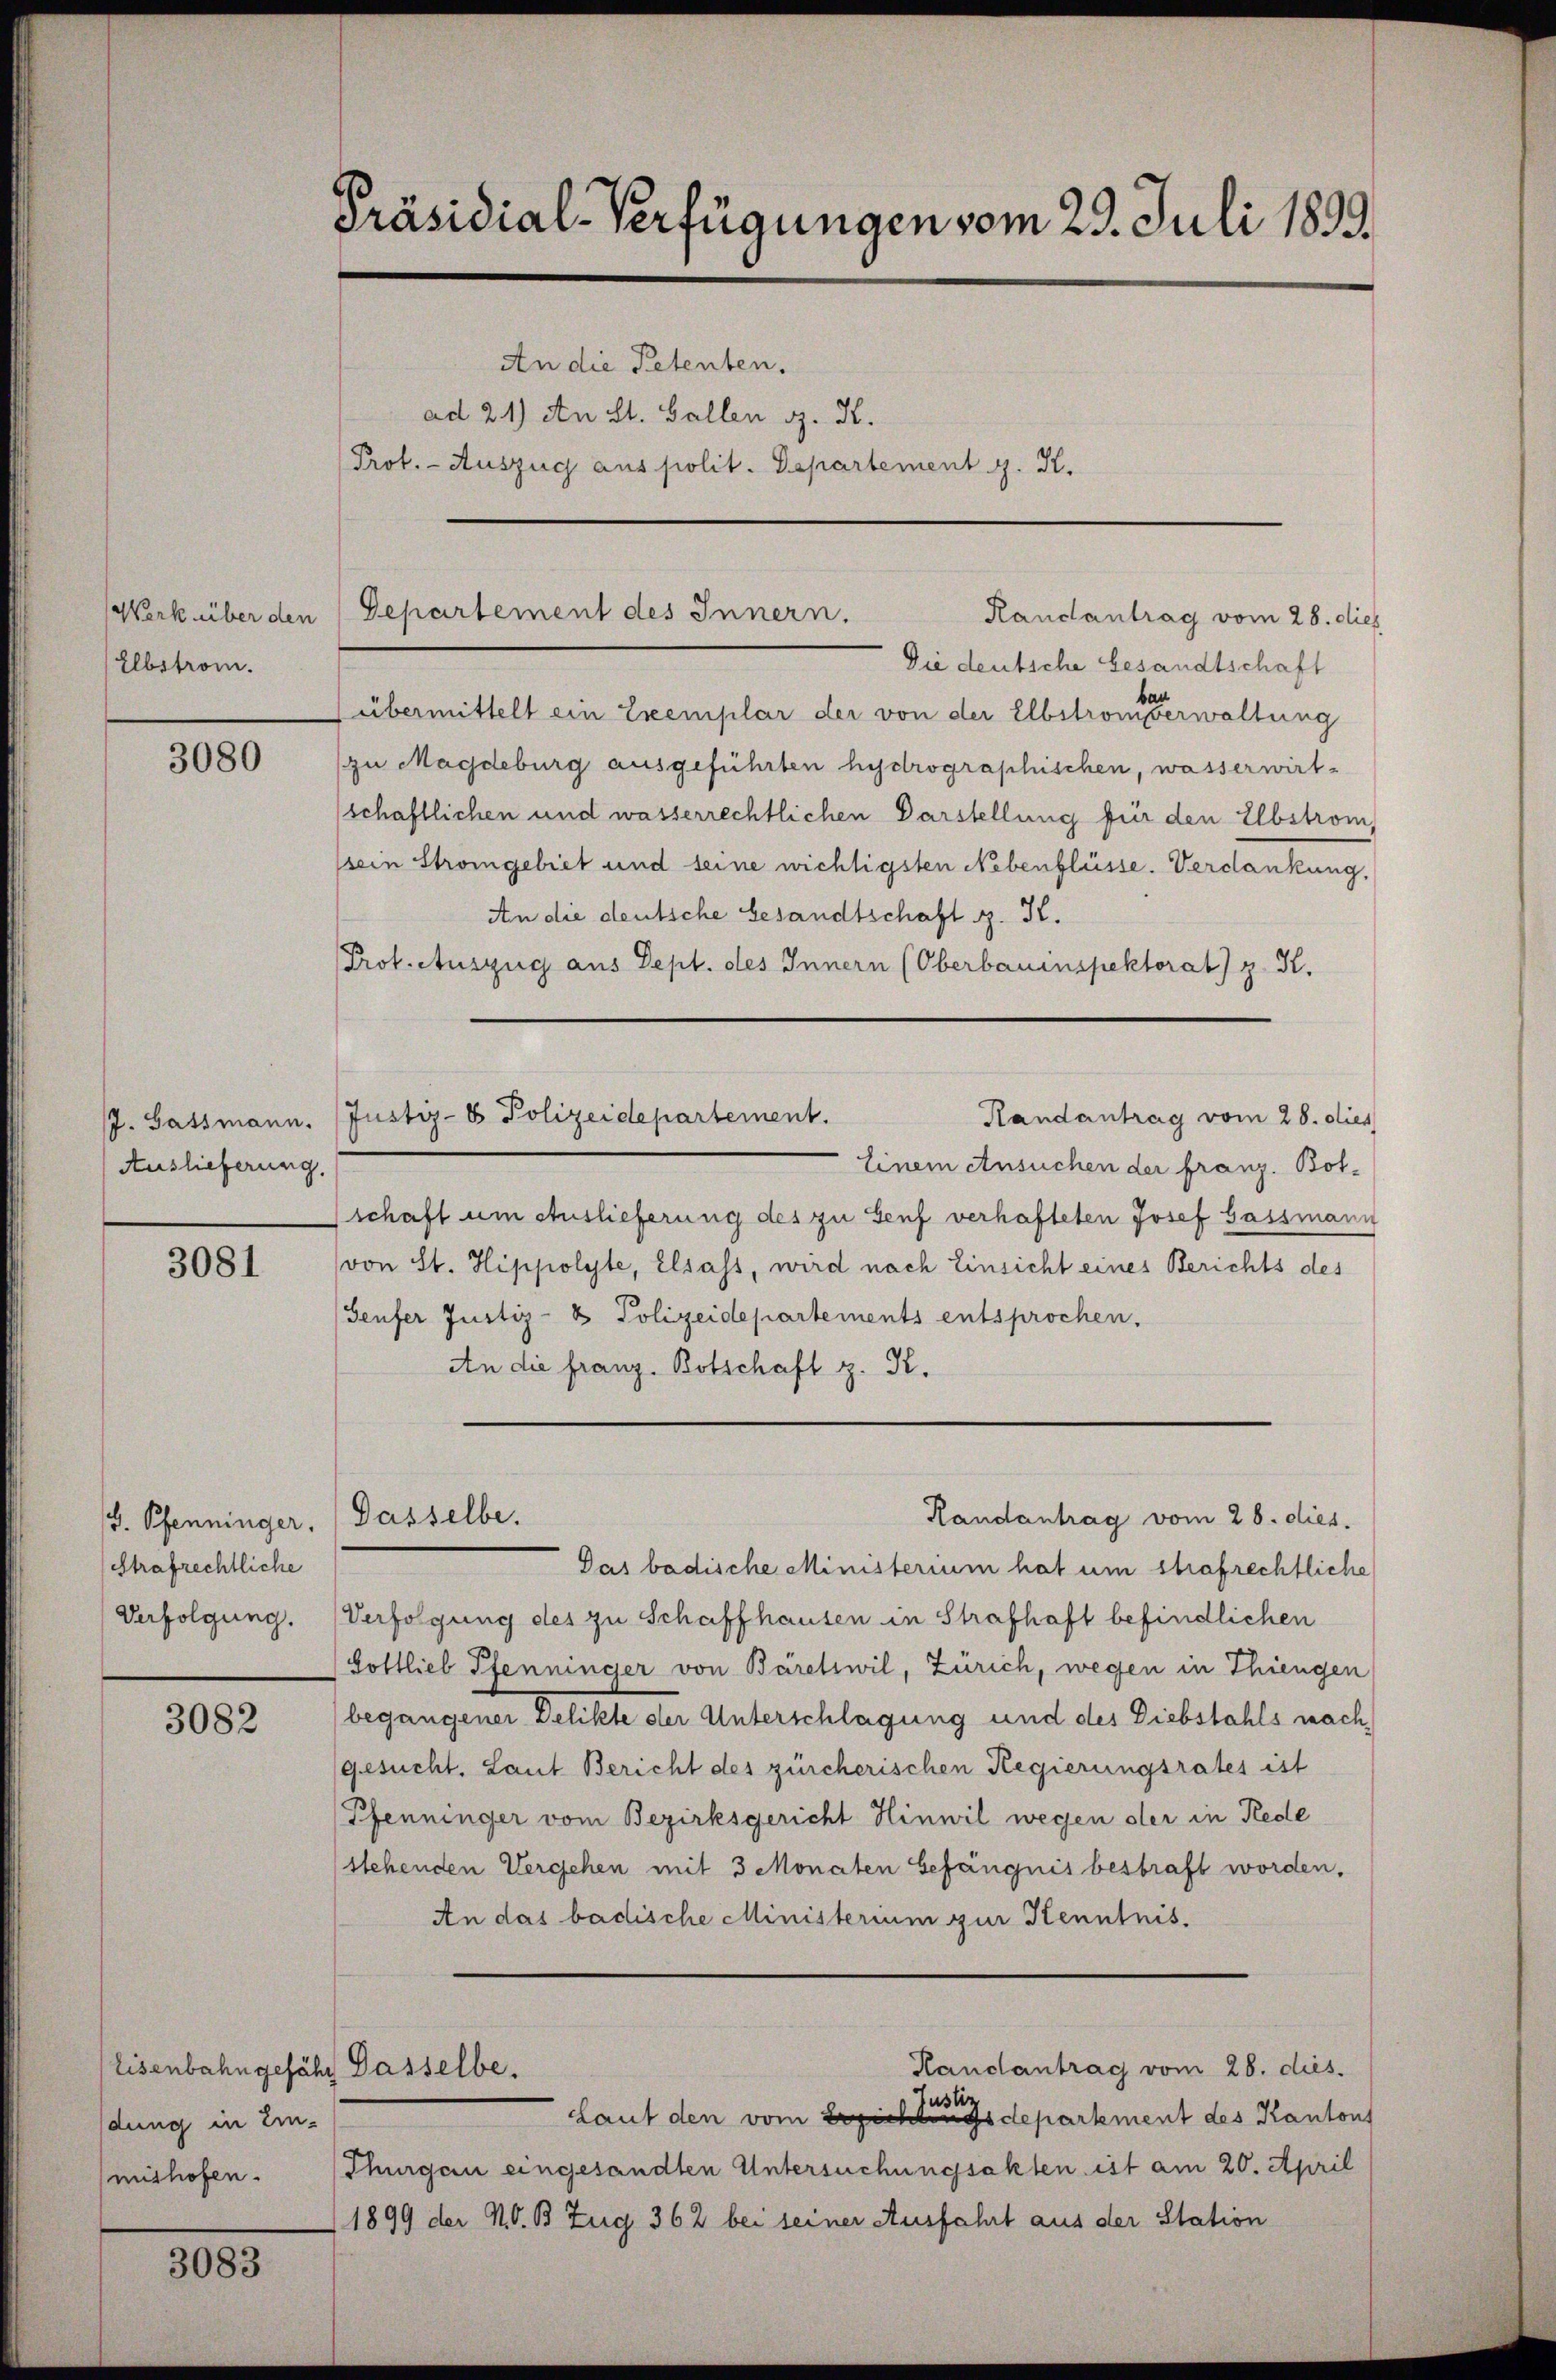
Elbstrom.

3080

Auslieferung.

3081

Strafrechtliche
Verfolgung.

3082

dung in Ein-

3083

Präsidial-Verfügungen vom 29. Juli 1899.
An die Petenten.
ad 21) An St. Gallen d. K.
Prof. - Auszug aus polit. Departement J. K.

Die deutsche Gesandtschaft
übermittelt ein Exemplar der von der Elbstrom erwaltung
zu Magdeburg ausgeführten hydrographischen, wasserwirt-
schaftlichen und wasserrechtlichen Darstellung für den Elbstrom,
sein Stromgebiet und seine wichtigsten Nebenflüsse. Verdankung,
An die deutsche Gesandtschaft z. K.
Prot. Auszug aus Sept. des Innern (Oberbauinspektorat) z. K.
J. Gassmann. (Justiz- & Polizeidepartement.
Handantrag vom 28. dies
Einem Ansuchen der franz. Botschaft um Auslieferung des zu Genf verhafteten Josef Gassmann
von St. Hippolyte, Elsass, wird nach Einsicht eines Berichts des
(Genfer Justiz- & Polizeidepartements entsprochen.
An die franz. Botschaft z. K.

Werk über den Departement des Innern.
Randantrag vom 28. dies

Das badische Ministerium hat um strafrechtliche
Verfolgung des zu Schaffhausen in Strafhaft befindlichen
Gottlieb Pfenninger von Bäretswil, Zürich, wegen in Thiengen
begangener Zelikte der Unterschlagung und des Diebstahls nach
gesucht. Laut Bericht des zürcherischen Regierungsrates ist
Pfenninger vom Bezirksgericht Hinwil wegen der in Rede
stehenden Vergehen mit 3 Monaten Gefängnis bestraft worden.
An das badische Ministerium zur Kenntnis.
Handantrag vom 28. dies.
Eisenbahn gefähr Dasselbe.
Justiz
Laut den vom Berichtungsdepartement des Kantons
mishofen. (Thurgau eingesandten Untersuchungsakten ist am 20. April
1899 der N.O. B. Zug 362 bei seiner Ausfahrt aus der Station

d. Pfenninger, Dasselbe.

Randantrag vom 28. dies.